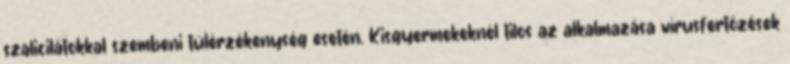
szalicilátokkal szembeni túlérzékenység esetén. Kisgyermekeknél tilos az alkalmazása vírusfertőzések